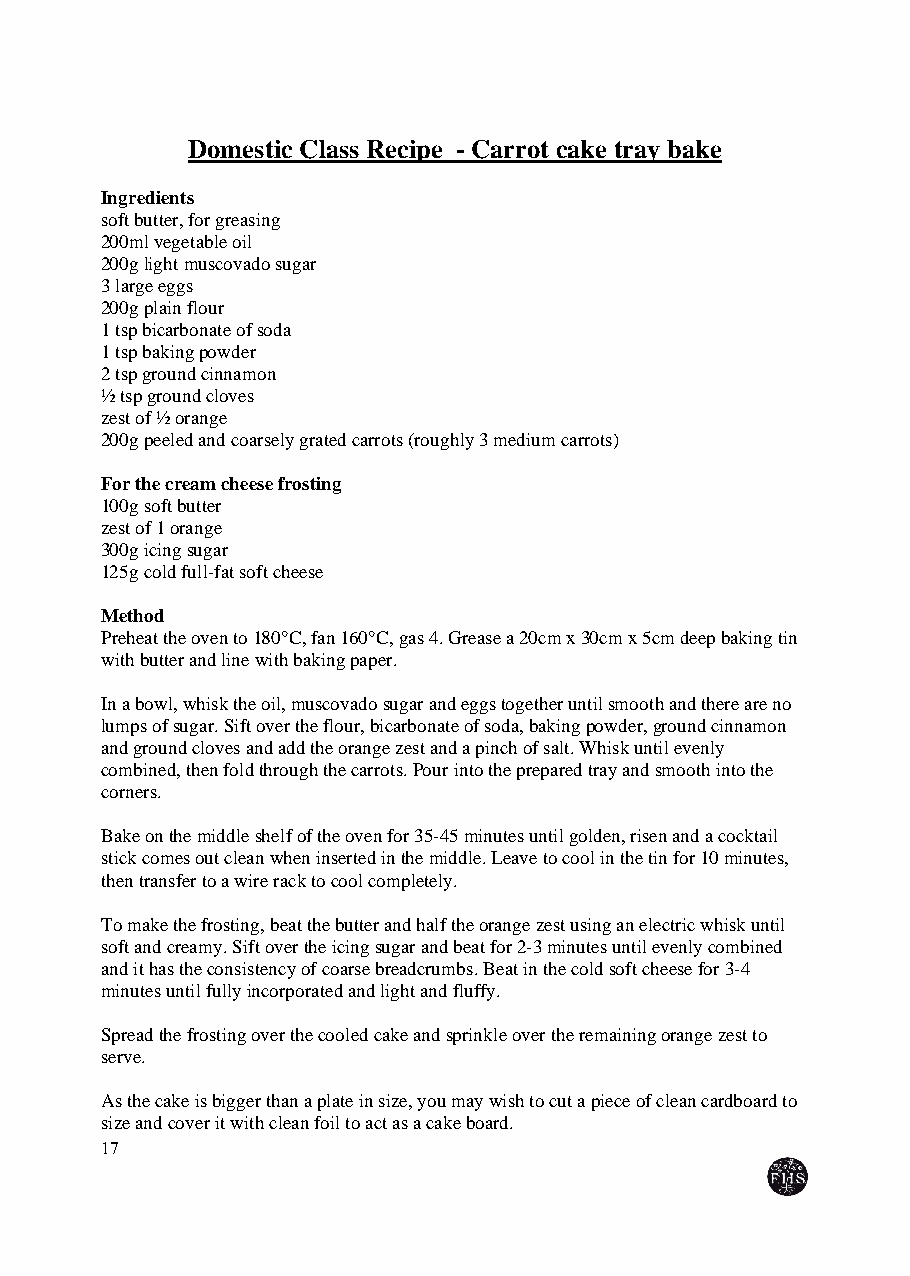
Domestic Class Recipe - Carrot cake tray bake
 Ingredients
 soft butter, for greasing
 200ml vegetable oil
 200g light muscovado sugar
 3 large eggs
 200g plain flour
 1 tsp bicarbonate of soda
 1 tsp baking powder
 2 tsp ground cinnamon
 ½ tsp ground cloves
 zest of ½ orange
 200g peeled and coarsely grated carrots (roughly 3 medium carrots)
 For the cream cheese frosting
 100g soft butter
 zest of 1 orange
 300g icing sugar
 125g cold full-fat soft cheese
 Method
 Preheat the oven to 180°C, fan 160°C, gas 4. Grease a 20cm x 30cm x 5cm deep baking tin
 with butter and line with baking paper.
 In a bowl, whisk the oil, muscovado sugar and eggs together until smooth and there are no
 lumps of sugar. Sift over the flour, bicarbonate of soda, baking powder, ground cinnamon
 and ground cloves and add the orange zest and a pinch of salt. Whisk until evenly
 combined, then fold through the carrots. Pour into the prepared tray and smooth into the
 corners.
 Bake on the middle shelf of the oven for 35-45 minutes until golden, risen and a cocktail
 stick comes out clean when inserted in the middle. Leave to cool in the tin for 10 minutes,
 then transfer to a wire rack to cool completely.
 To make the frosting, beat the butter and half the orange zest using an electric whisk until
 soft and creamy. Sift over the icing sugar and beat for 2-3 minutes until evenly combined
 and it has the consistency of coarse breadcrumbs. Beat in the cold soft cheese for 3-4
 minutes until fully incorporated and light and fluffy.
 Spread the frosting over the cooled cake and sprinkle over the remaining orange zest to
 serve.
 As the cake is bigger than a plate in size, you may wish to cut a piece of clean cardboard to
 size and cover it with clean foil to act as a cake board.
 17